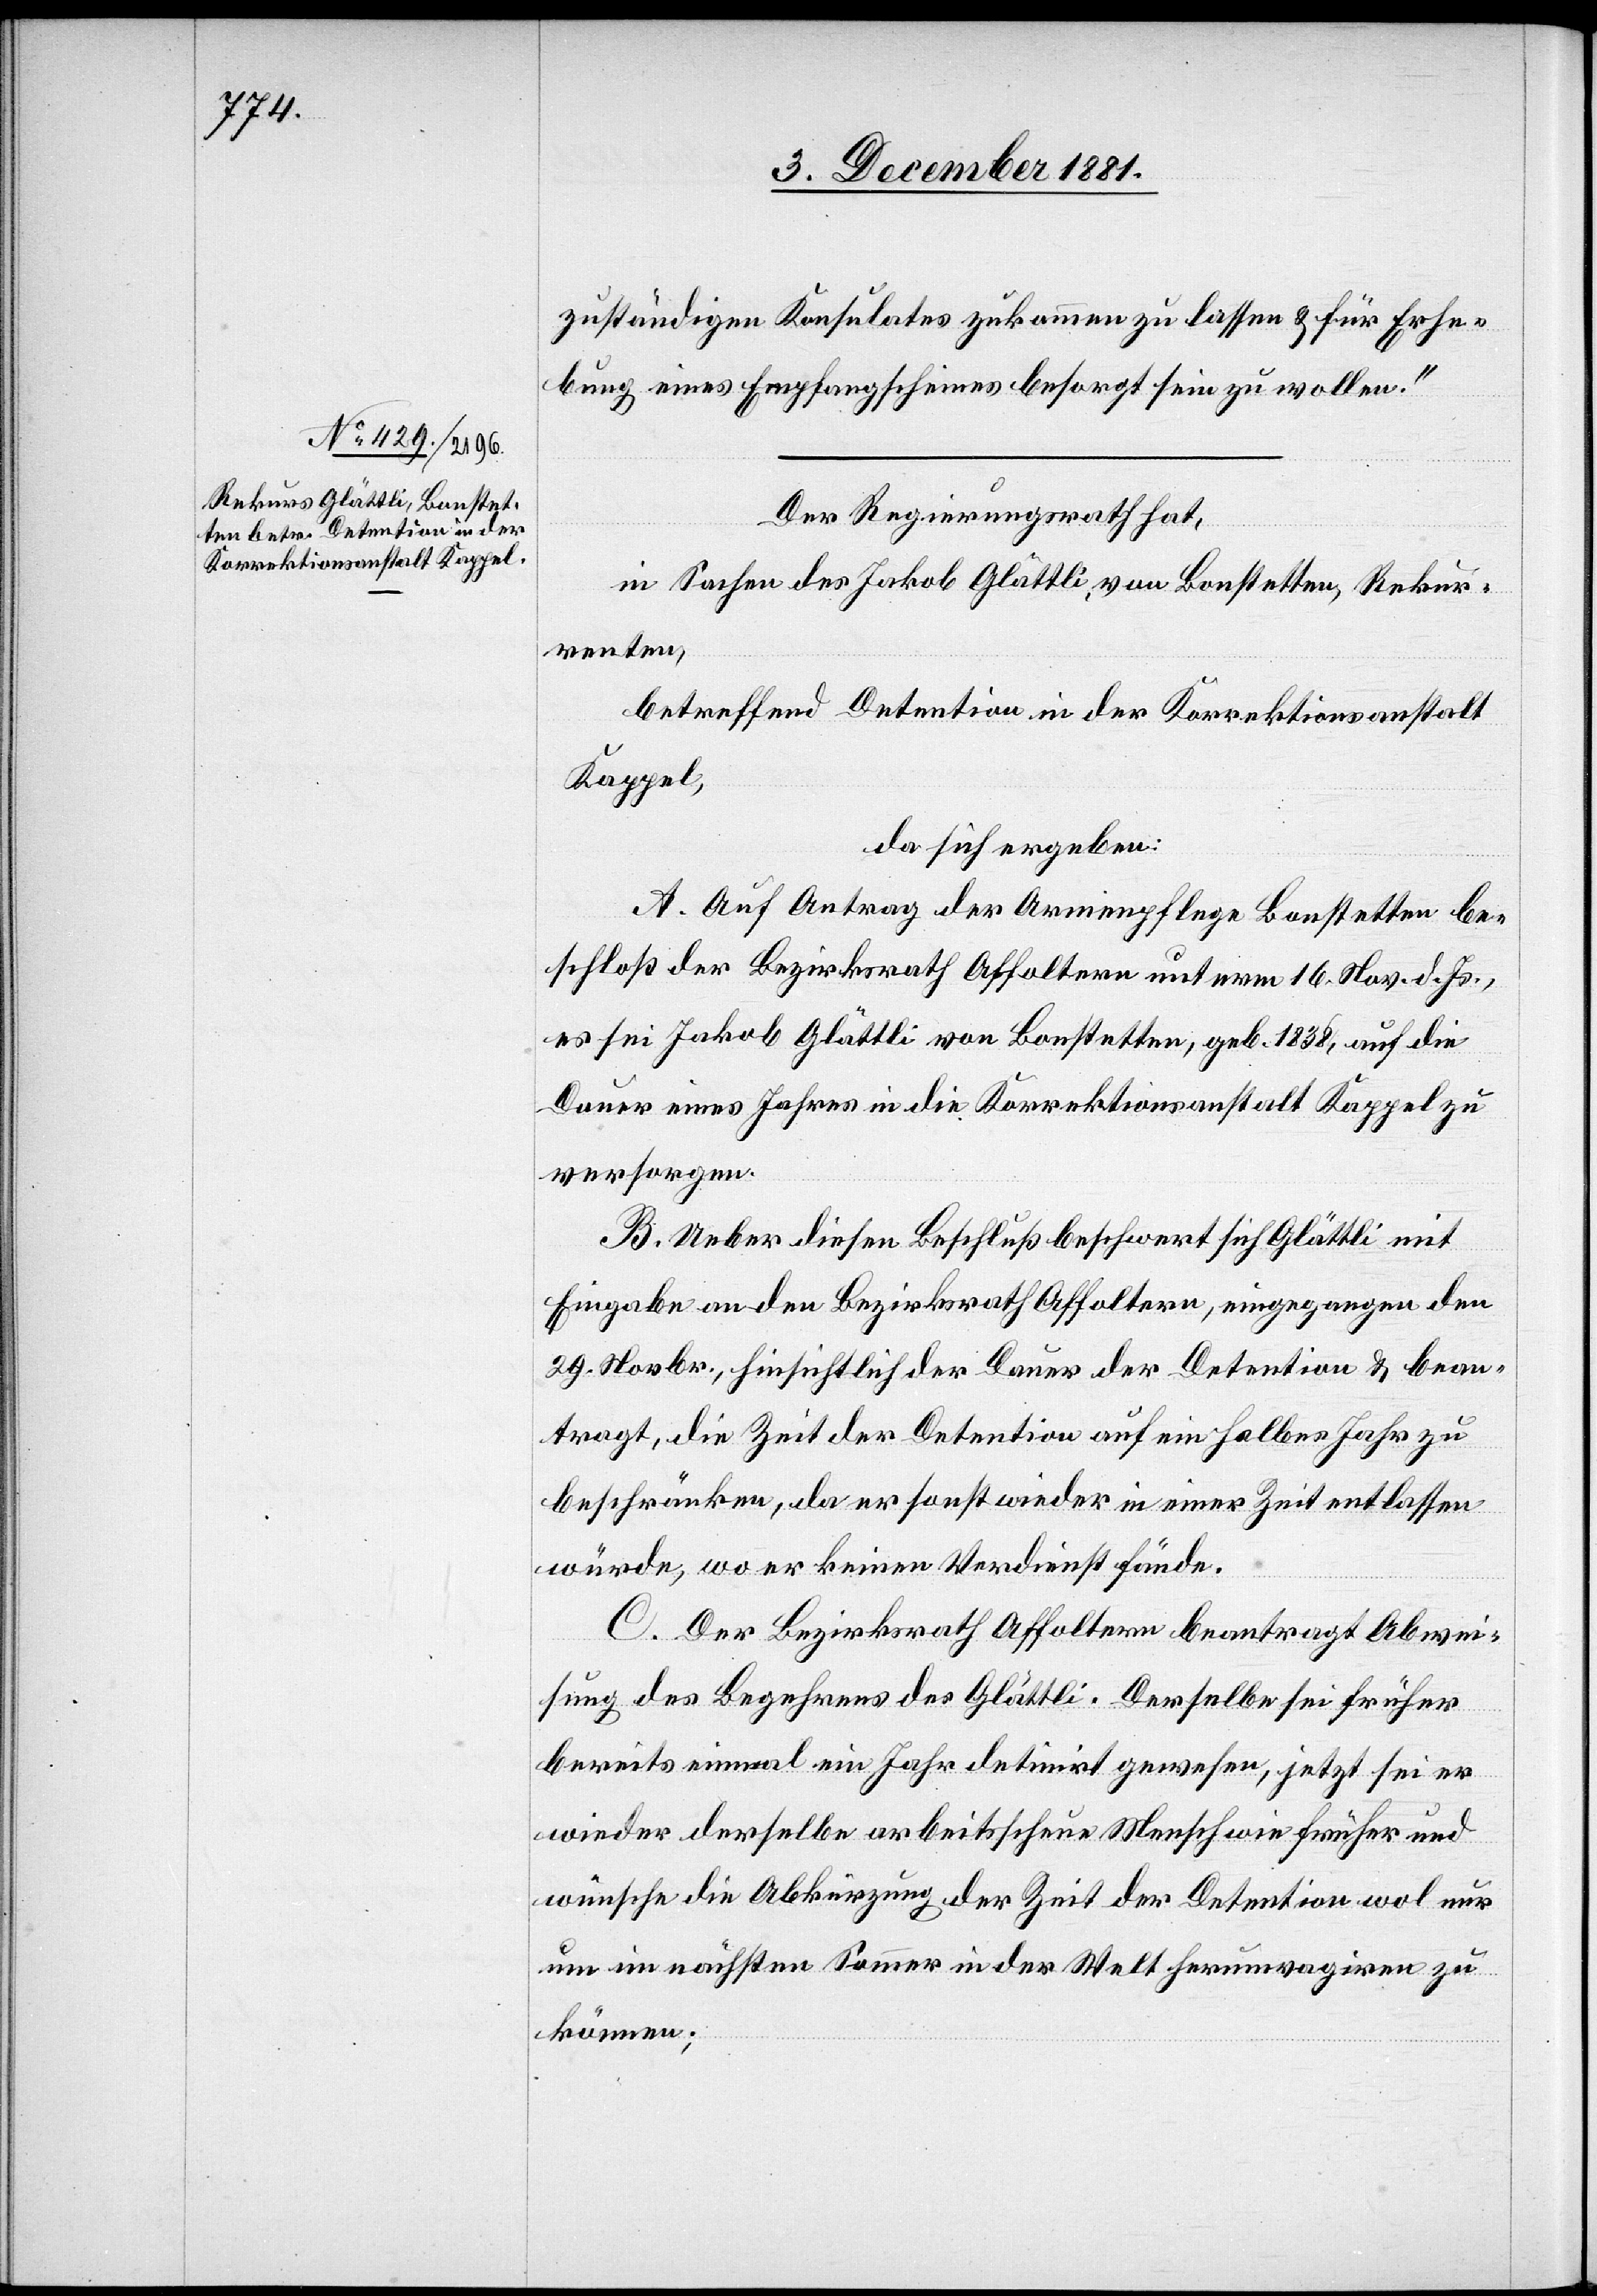
zuständigen Konsulates zukommen zu lassen & für Erhe¬
bung eines Empfangsscheines besorgt sein zu wollen.“
Der Regierungsrath hat,
in Sachen des Jakob Glättli, von Bonstetten, Rekur¬
renten,
betreffend Detention in der Korrektionsanstalt
Kappel,
da sich ergeben:
A. Auf Antrag der Armenpflege Bonstetten be¬
schloß der Bezirksrath Affoltern unterm 16. Nov. d. Js.,
es sei Jakob Glättli von Bonstetten, geb. 1838, auf die
Dauer eines Jahres in die Korrektionsanstalt Kappel zu
versorgen.
B. Ueber diesen Beschluß beschwert sich Glättli mit
Eingabe an den Bezirksrath Affoltern, eingegangen den
29. Novbr., hinsichtlich der Dauer der Detention & bean¬
tragt, die Zeit der Detention auf ein halbes Jahr zu
beschränken, da er sonst wieder in einer Zeit entlassen
würde, wo er keinen Verdienst fände.
C. Der Bezirksrath Affoltern beantragt Abwei¬
sung des Begehrens des Glättli. Derselbe sei früher
bereits einmal ein Jahr detinirt gewesen, jetzt sei er
wieder derselbe arbeitsscheue Mensch wie früher und
wünsche die Abkürzung der Zeit der Detention wol nur
um im nächsten Sommer in der Welt herumvagiren zu
können;